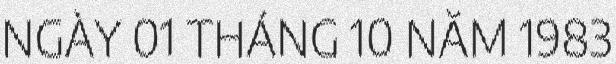
NGÀY 01 THÁNG 10 NĂM 1983